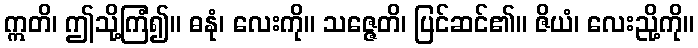
ဣတိ၊ ဤသို့ကြံ၍။ ဓနုံ၊ လေးကို။ သဇ္ဇေတိ၊ ပြင်ဆင်၏။ ဇိယံ၊ လေးညို့ကို။